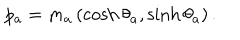
p _ { a } = m _ { a } \left( \cosh \theta _ { a } , \sinh \theta _ { a } \right) .